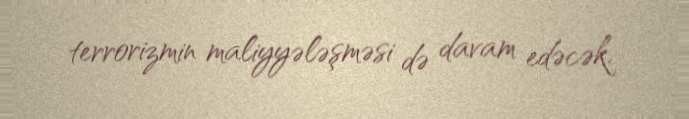
terrorizmin maliyyələşməsi də davam edəcək.